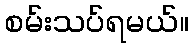
စမ်းသပ်ရမယ်။